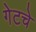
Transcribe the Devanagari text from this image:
गेटचे